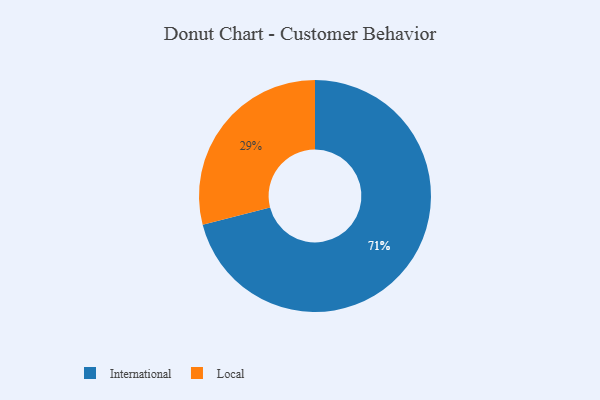
{"axis": {"x": "Category", "y": "Percentage"}, "legend": ["International", "Local"], "data": [{"x": "International", "y": 71, "type": "International"}, {"x": "Local", "y": 29, "type": "Local"}]}